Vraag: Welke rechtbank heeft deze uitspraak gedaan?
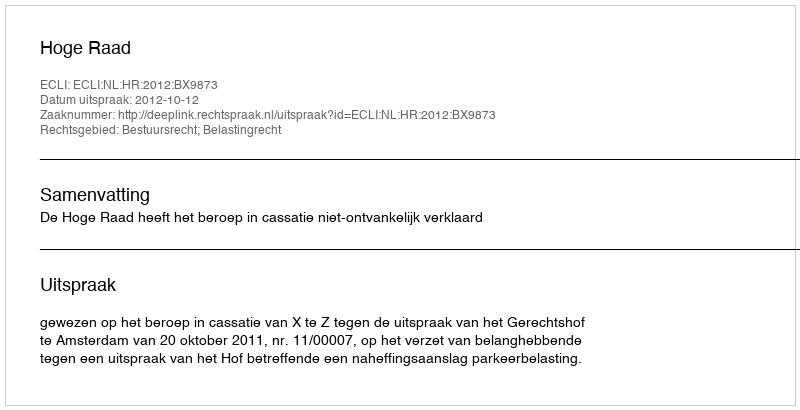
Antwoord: Hoge Raad